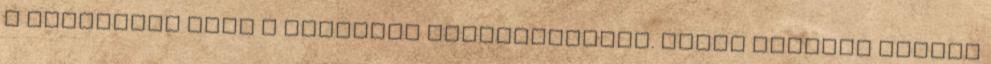
A közgyűlés adta a határidő hosszabbítást. Ilyen esetben vissza